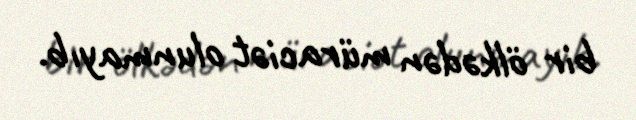
bir ölkədən müraciət olunmayıb.